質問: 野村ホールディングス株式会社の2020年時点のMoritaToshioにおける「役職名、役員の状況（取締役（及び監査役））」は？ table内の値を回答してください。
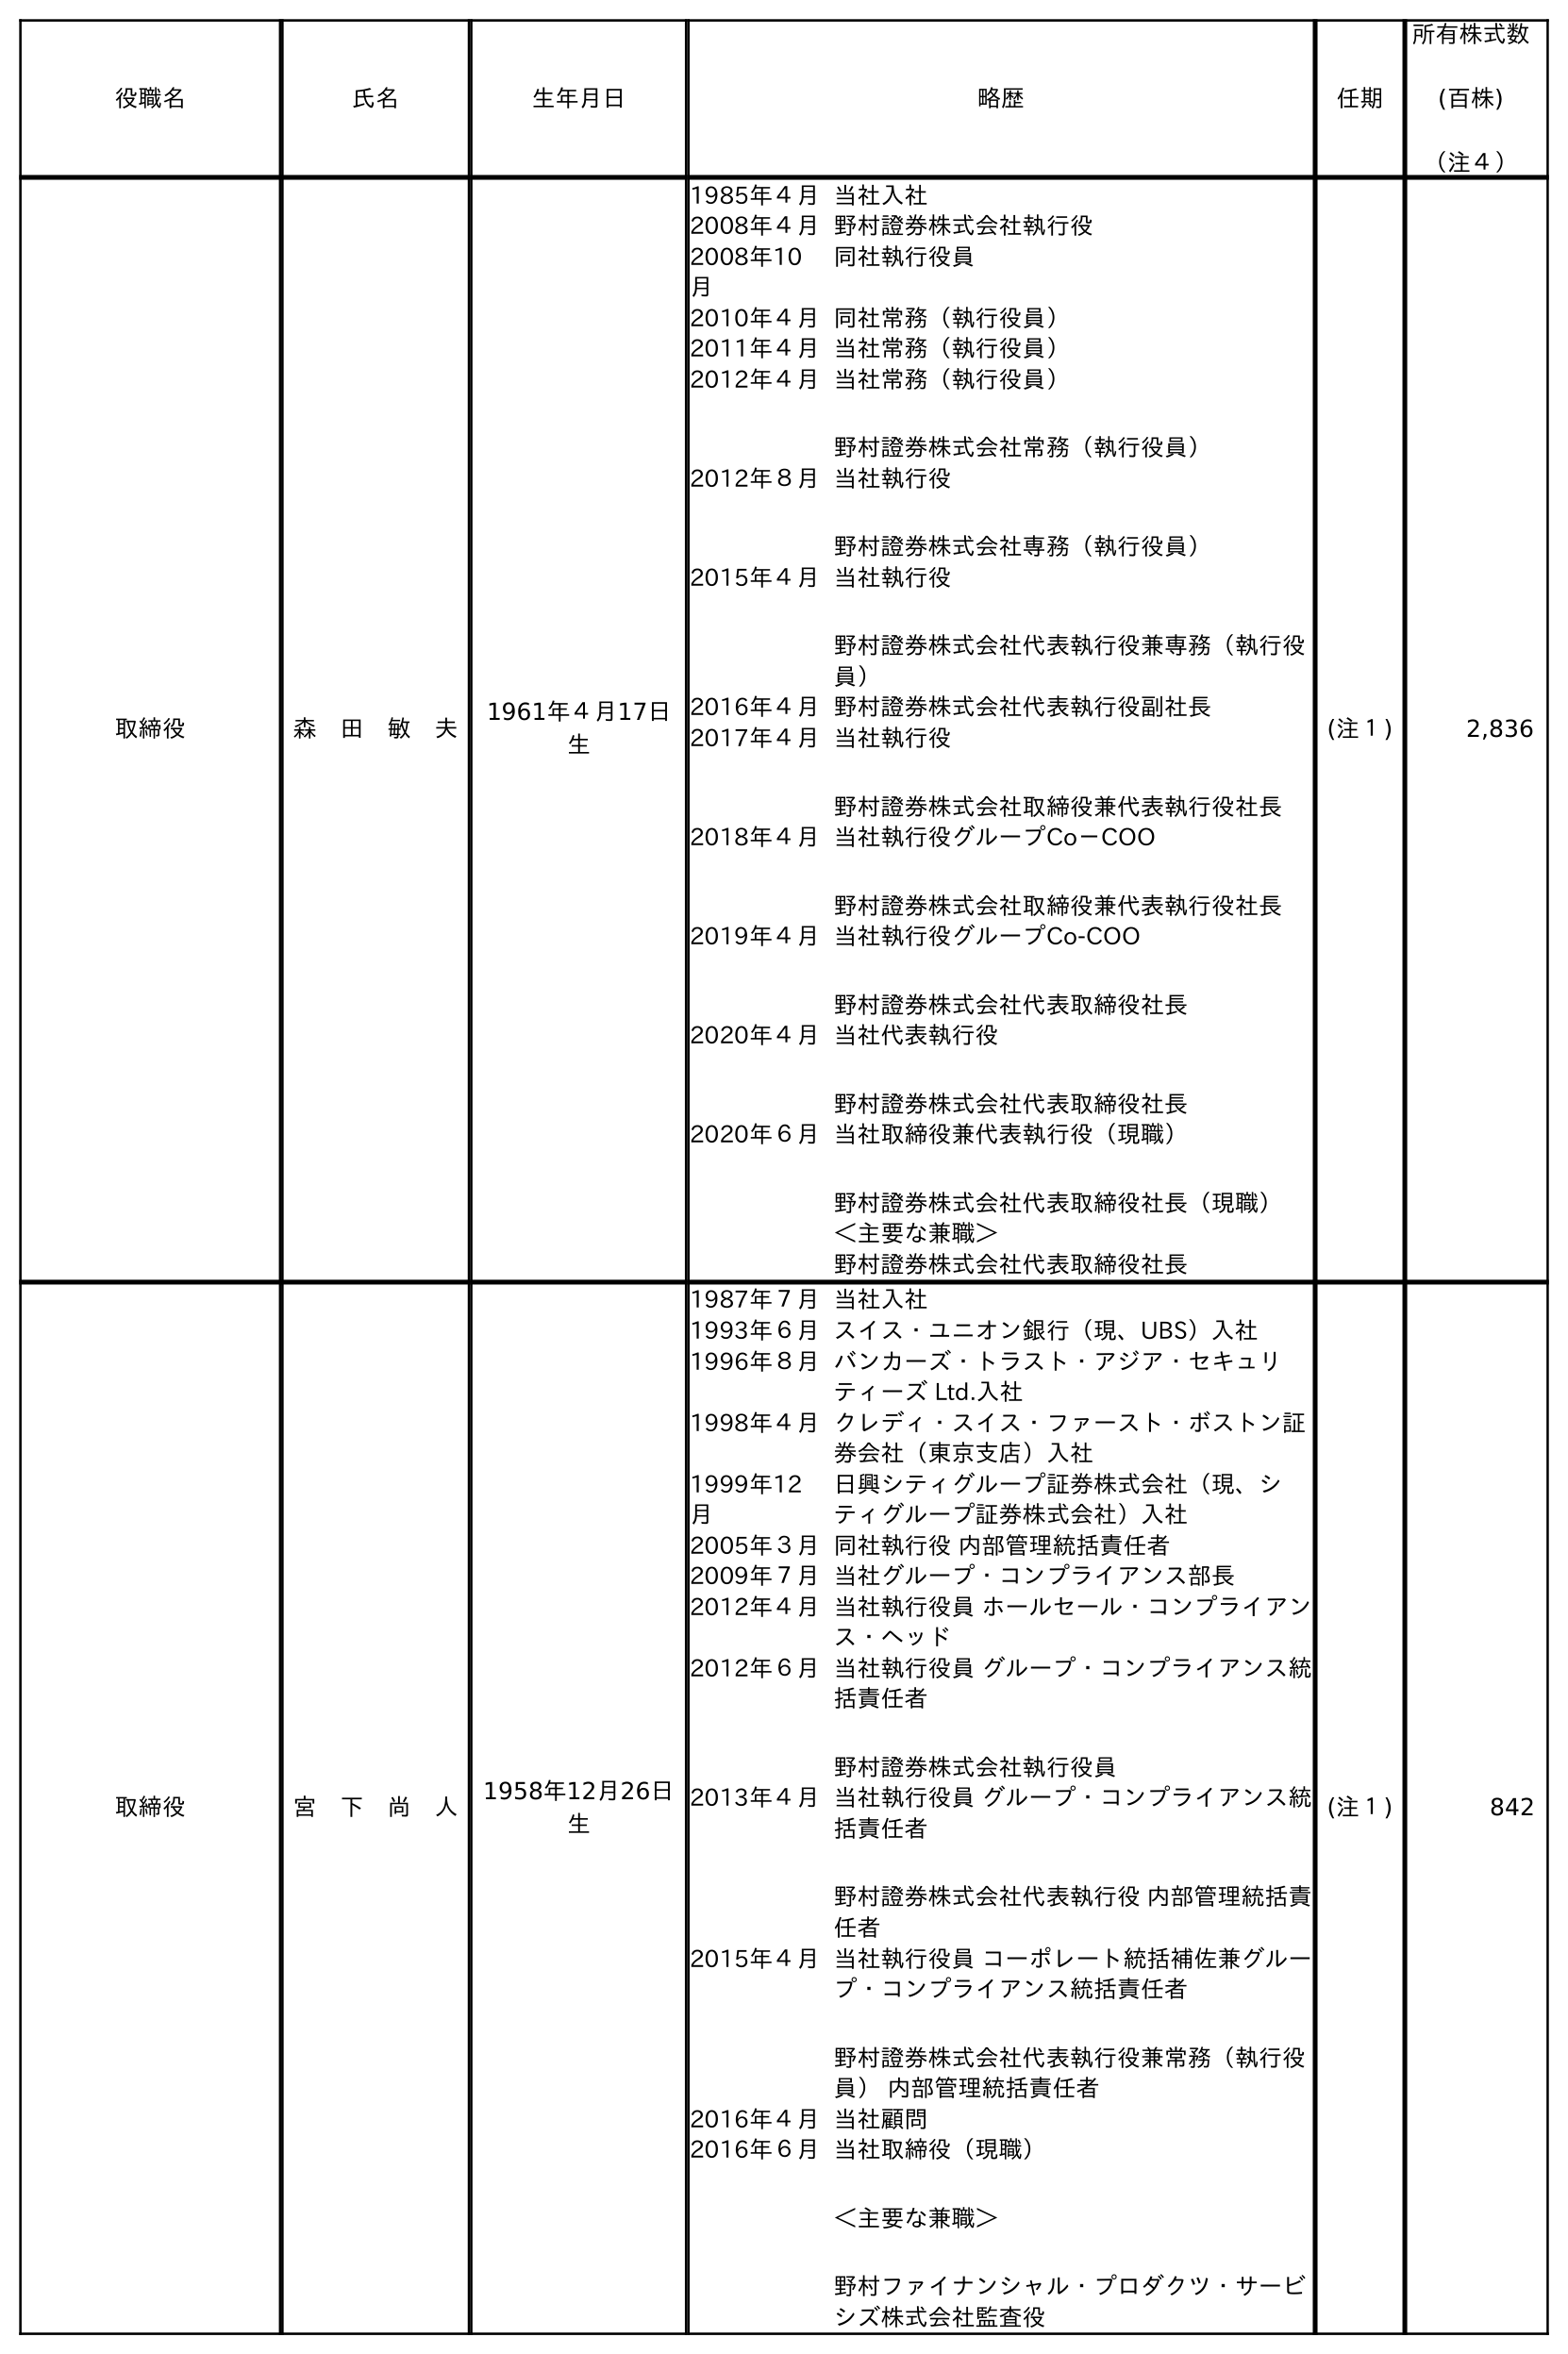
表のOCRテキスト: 役職名 氏名 生年月日 略歴 任期 所有株式数 (百株) （注４） 取締役 森 田 敏 夫 1961年４月17日 生 1985年４月当社入社 2008年４月野村證券株式会社執行役 2008年10 月 同社執行役員 2010年４月同社常務（執行役員） 2011年４月当社常務（執行役員） 2012年４月当社常務（執行役員） 野村證券株式会社常務（執行役員） 2012年８月当社執行役 野村證券株式会社専務（執行役員） 2015年４月当社執行役 野村證券株式会社代表執行役兼専務（執行役 員） 2016年４月野村證券株式会社代表執行役副社長 2017年４月当社執行役 野村證券株式会社取締役兼代表執行役社長 2018年４月当社執行役グループCo－COO 野村證券株式会社取締役兼代表執行役社長 2019年４月当社執行役グループCo-COO 野村證券株式会社代表取締役社長 2020年４月当社代表執行役 野村證券株式会社代表取締役社長 2020年６月当社取締役兼代表執行役（現職） 野村證券株式会社代表取締役社長（現職） ＜主要な兼職＞ 野村證券株式会社代表取締役社長 (注１) 2,836 取締役 宮 下 尚 人 1958年12月26日 生 1987年７月当社入社 1993年６月スイス・ユニオン銀行（現、UBS）入社 1996年８月バンカーズ・トラスト・アジア・セキュリ ティーズ Ltd.入社 1998年４月クレディ・スイス・ファースト・ボストン証 券会社（東京支店）入社 1999年12 月 日興シティグループ証券株式会社（現、シ ティグループ証券株式会社）入社 2005年３月同社執行役 内部管理統括責任者 2009年７月当社グループ・コンプライアンス部長 2012年４月当社執行役員 ホールセール・コンプライアン ス・ヘッド 2012年６月当社執行役員 グループ・コンプライアンス統 括責任者 野村證券株式会社執行役員 2013年４月当社執行役員 グループ・コンプライアンス統 括責任者 野村證券株式会社代表執行役 内部管理統括責 任者 2015年４月当社執行役員 コーポレート統括補佐兼グルー プ・コンプライアンス統括責任者 野村證券株式会社代表執行役兼常務（執行役 員） 内部管理統括責任者 2016年４月当社顧問 2016年６月当社取締役（現職） ＜主要な兼職＞ 野村ファイナンシャル・プロダクツ・サービ シズ株式会社監査役 (注１) 842
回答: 取締役